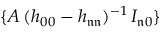
\{ A \, ( h _ { 0 0 } - h _ { \mathfrak { n } \mathfrak { n } } ) ^ { - 1 } \, I _ { \mathfrak { n } 0 } \}